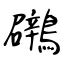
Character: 鸊